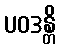
ပဝဒန္တိ